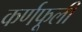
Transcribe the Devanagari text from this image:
कर्णफूली